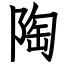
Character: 陶